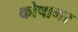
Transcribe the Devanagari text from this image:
कोषागर